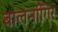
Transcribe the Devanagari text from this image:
बालनगििर